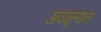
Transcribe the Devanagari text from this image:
अवमूल्‍यन